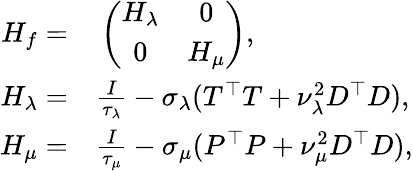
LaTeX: \begin{array}{rl}{H_{f}=}&{{}\left(\begin{array}{cc}{H_{\lambda}}&{0}\\ {0}&{H_{\mu}}\end{array}\right),}\\ {H_{\lambda}=}&{{}\frac{I}{\tau_{\lambda}}-\sigma_{\lambda}(T^{\top}T+\nu_{\lambda}^{2}D^{\top}D),}\\ {H_{\mu}=}&{{}\frac{I}{\tau_{\mu}}-\sigma_{\mu}(P^{\top}P+\nu_{\mu}^{2}D^{\top}D),}\end{array}